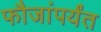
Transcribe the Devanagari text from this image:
फौजांपर्यंत